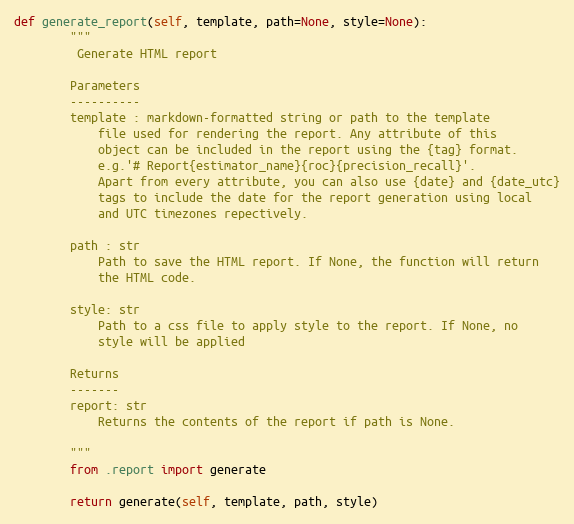
Language: Python
def generate_report(self, template, path=None, style=None):
        """
         Generate HTML report

        Parameters
        ----------
        template : markdown-formatted string or path to the template
            file used for rendering the report. Any attribute of this
            object can be included in the report using the {tag} format.
            e.g.'# Report{estimator_name}{roc}{precision_recall}'.
            Apart from every attribute, you can also use {date} and {date_utc}
            tags to include the date for the report generation using local
            and UTC timezones repectively.

        path : str
            Path to save the HTML report. If None, the function will return
            the HTML code.

        style: str
            Path to a css file to apply style to the report. If None, no
            style will be applied

        Returns
        -------
        report: str
            Returns the contents of the report if path is None.

        """
        from .report import generate

        return generate(self, template, path, style)